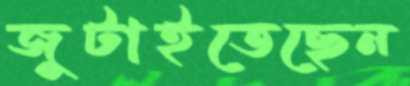
জুটাইতেছেন